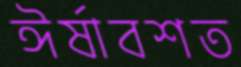
ঈর্ষাবশত